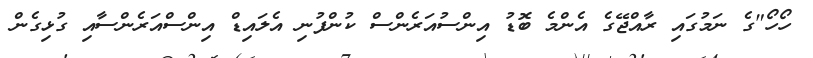
ހޯހޯ"ގެ ނަމުގައި ރާއްޖޭގެ އެންމެ ބޮޑު އިންސުއަރެންސް ކުންފުނި އެލައިޑް އިންސްއަރެންސާއި ގުޅިގެން